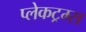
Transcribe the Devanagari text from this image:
प्लेकट्रम्स